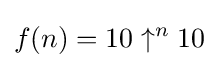
f(n)=10\uparrow ^{n}10